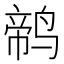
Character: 𱊕